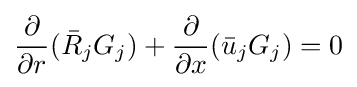
{\frac {\partial }{\partial r}}({\bar {R}}_{j}G_{j})+{\frac {\partial }{\partial x}}({\bar {u}}_{j}G_{j})=0